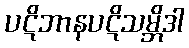
ပဋိဘာနပဋိသမ္ဘိဒါ